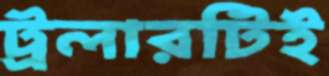
ট্রলারটিই